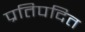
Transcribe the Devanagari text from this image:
प्रतिपदित